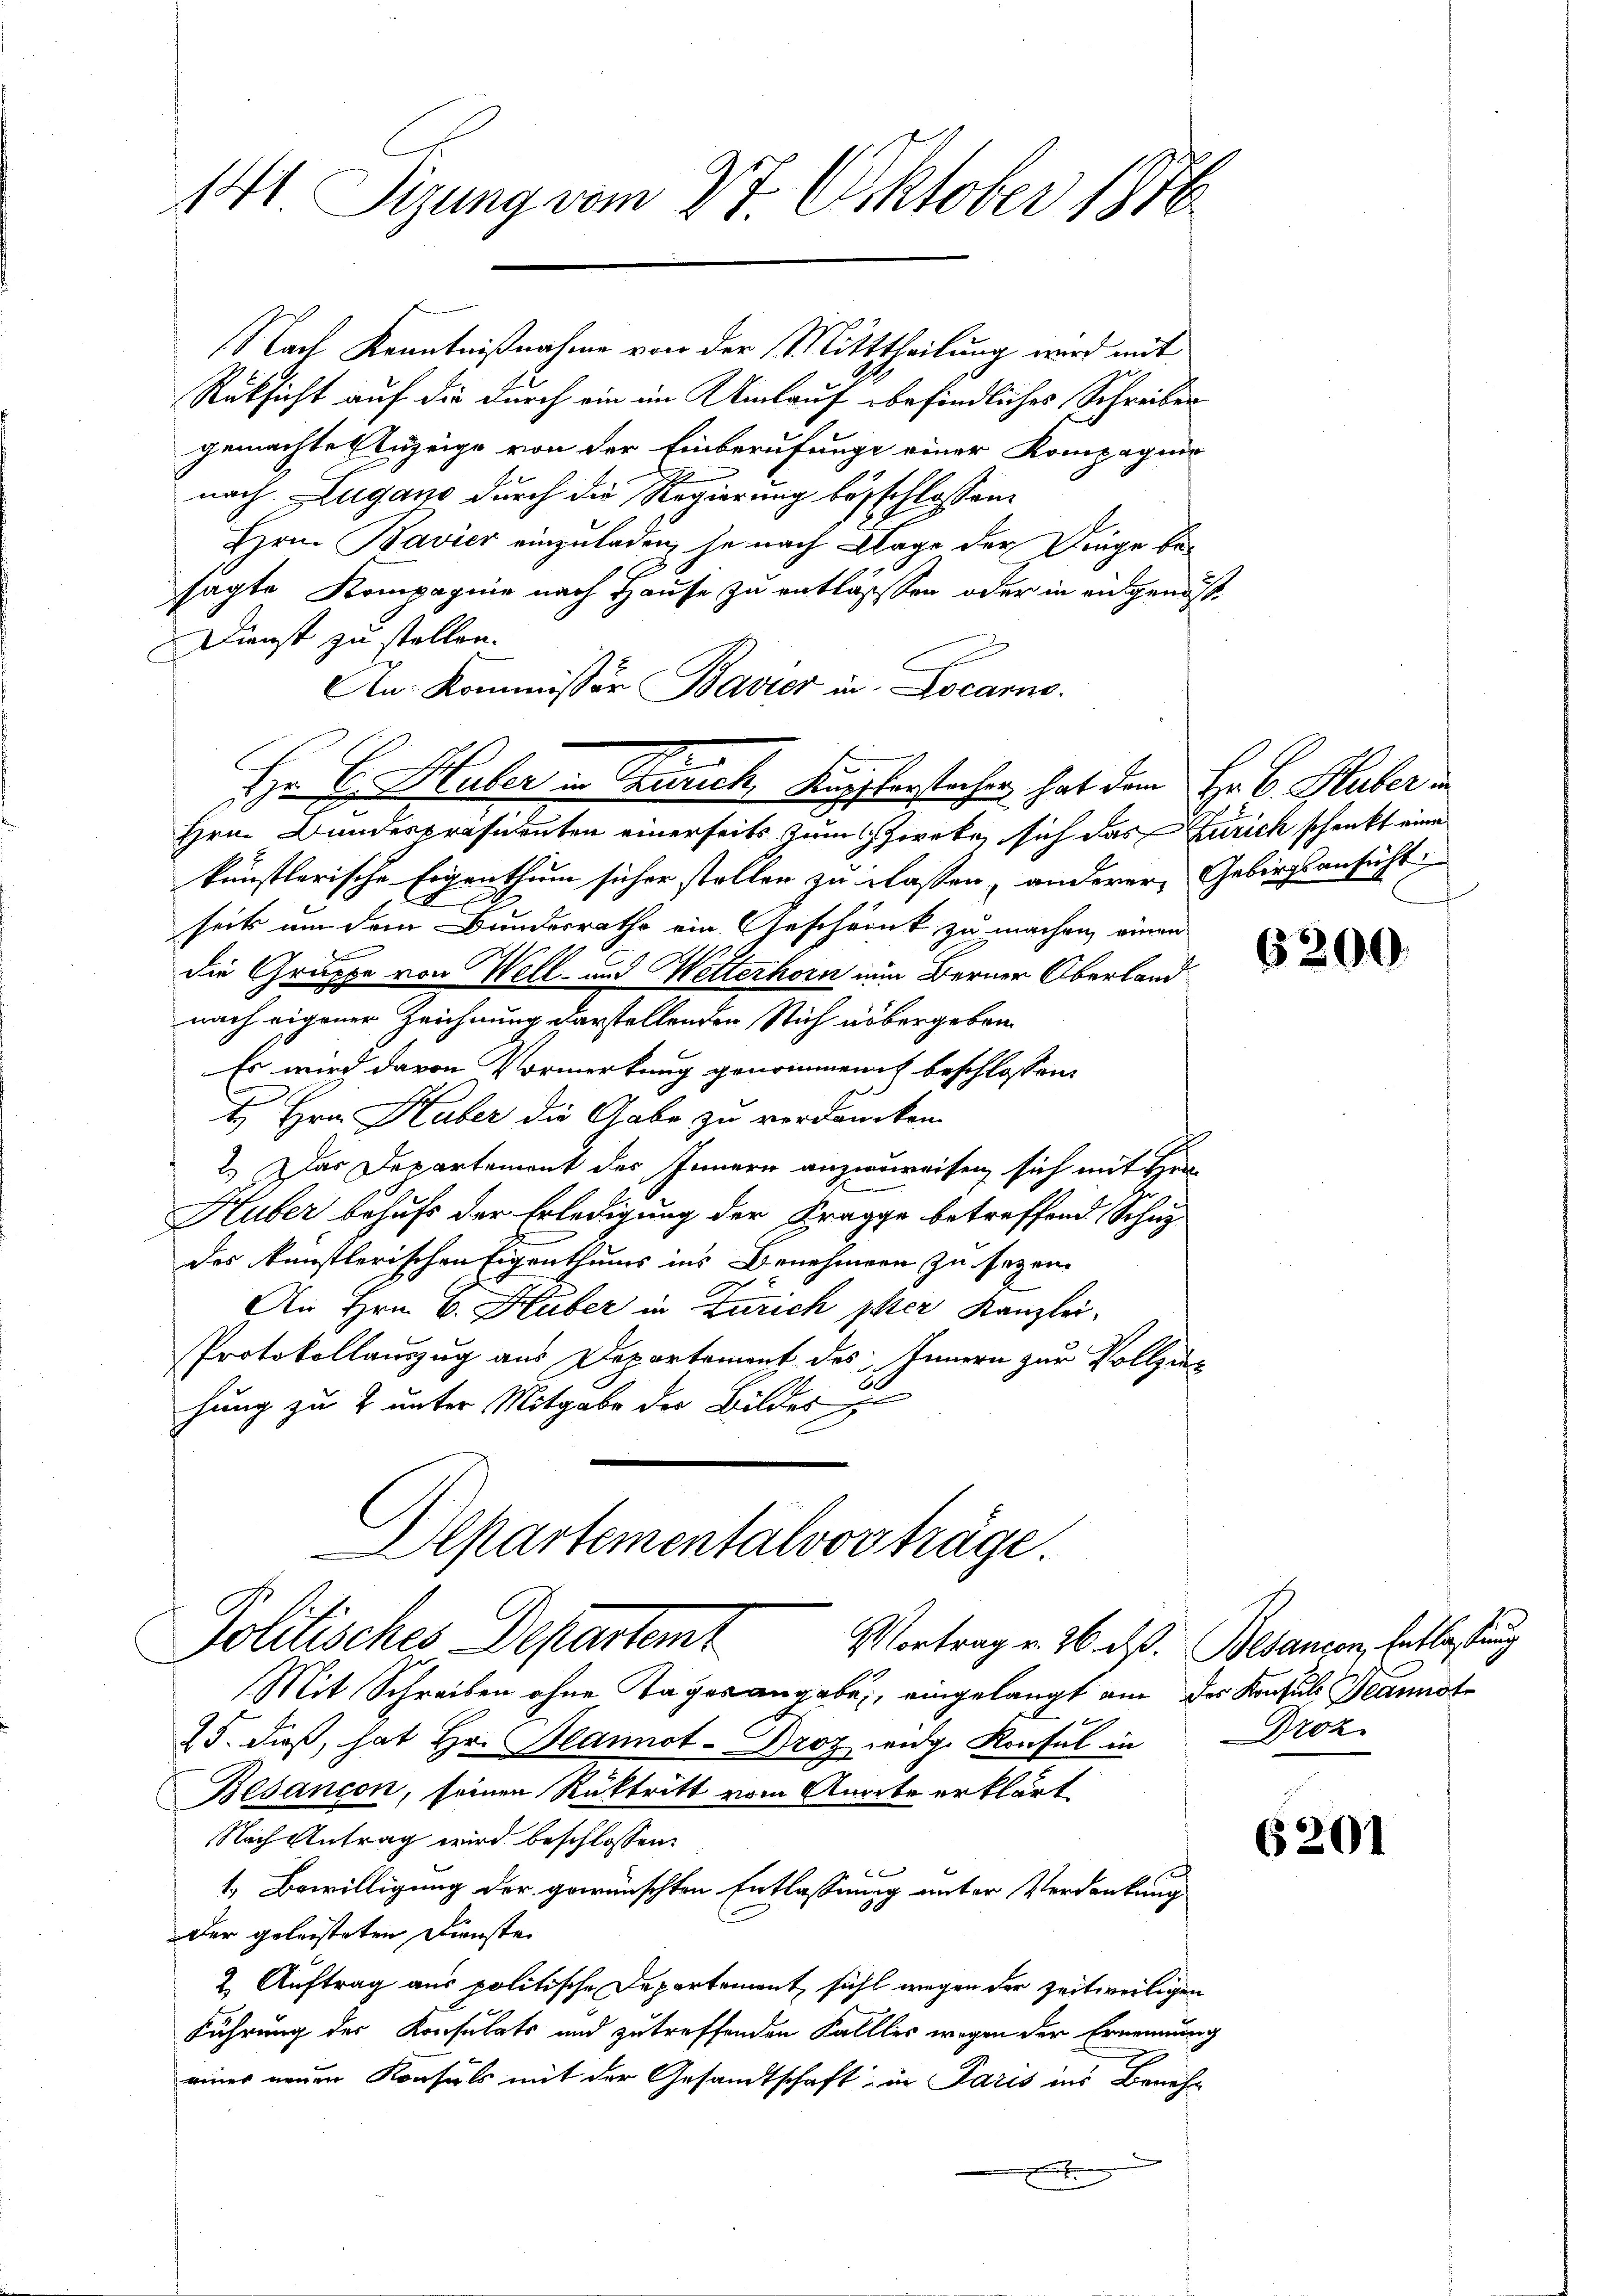
141 Sizung vom 27. Oktober 1876.

Nach Kenntnißnahme von der Mitttheilung wird mit
Rüksicht auf die durch ein im Umlauf befindliches Schreiben
gemachte Anzeige von der Einberufunge einer Kompagni
nach Lugano durch die Regierung besschlossen.
Hrn. Bavier einzuladen, je nach Klage der Dinge besagte Kompagnie nach Hause zu entlassen oder in eidgenös¬
Dienst zu stellen.
An- Kommissor Bavier in Locarno.
Hrn. Bundespräsidenten einerseits zum Zweke, sich das Zürich schenkt eine
künstlerische Eigenthum sicher stellen zu lassen, anderer, Gebirgsansicht
seits um dem Bundesrathe ein Geschrank zu machen, einen
die Gruppe von Well- und Wetterhorn nun Berner Oberland
nach eigener Zeichnung darstellenden Stich übergeben.
Es wird davon Vormerkung genommen ich beschlossen:
t Hrn. Haber die Gabe zu verdancken.
2.) Das Departement des Innern anzureisen sich mit Hin
Huber behufs der Erledigung der Kragge betreffend Schuz
des künstlerischen Eigenthums ins Benehmern zu seyen
An Hrn. B. Huber in Zürich per Kanzlei-
Protokollauszug aus Departement des Innern zur Vollziehung zu 2 unter Mitgabe der Bildes
Alpartementalvorträge.
Politisches Departent
Vortrag v. 26. ds. Besançon, Entlastung
Mit Schreiben ohne Tages angabe, eingelangt am der Konsuls Beannote
f
25. dieß, hat Hr. Plannot-Droz weidg. Konsul in
Besançon, seinen Rücktritt vom Anorte erklärt
Nach Antrag wird beschlossen:
1. Bewilligung der gewünschten Entlassung unter Verdankung
der geleisteten Dienste
2. Auftrag aus politische Departement, fühl wegen der zeitweiligen
Führung der Konsulats und zu treffenden Fallles wegen der Ernennung
einer neuen Konsuls mit der Gesandtschaft in Paris ins Beneh¬

Hr. C. Huber in Zürich, Kupplerstochen hat dem Hr. C. Huber in

6200.

Droz.

6201